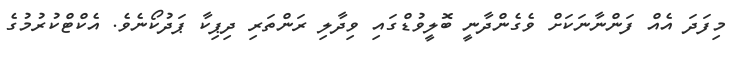
މިފަދަ އެއް ފަންނާނަކަށް ވެގެންދާނީ ބޮލީވުޑްގައި ވިދާލި ރަންތަރި ދިޕިކާ ޕަދުކޯނެވެ. އެކްޓްކުރުމުގެ